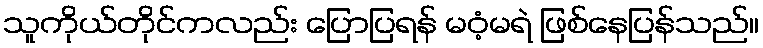
သူကိုယ်တိုင်ကလည်း ပြောပြရန် မဝံ့မရဲ ဖြစ်နေပြန်သည်။